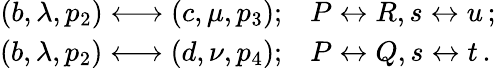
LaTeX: \begin{array}{rl}{{(b,\lambda,p_{2})\longleftrightarrow(c,\mu,p_{3});}}&{{P\leftrightarrow R,s\leftrightarrow u\, ;}}\\ {{(b,\lambda,p_{2})\longleftrightarrow(d,\nu,p_{4});}}&{{P\leftrightarrow Q,s\leftrightarrow t\, .}}\end{array}